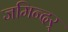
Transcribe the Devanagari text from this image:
जमिन्दर्